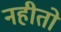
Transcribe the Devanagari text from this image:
नहीतो